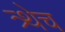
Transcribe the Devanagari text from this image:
त्र्थेच